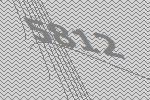
5812